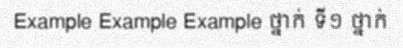
Example Example Example ថ្នាក់ ទី១ ថ្នាក់